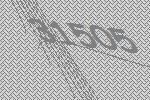
31505